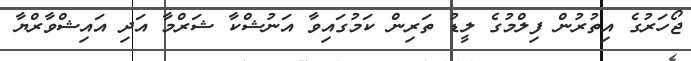
ޖޯހަރުގެ އިތުރުން ފިލްމުގެ ލީޑު ތަރިން ކަމުގައިވާ އަނުޝްކާ ޝަރްމާ އަދި އައިޝްވާރްޔާ